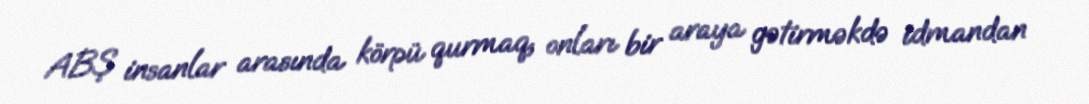
ABŞ insanlar arasında körpü qurmaq, onları bir araya gətirməkdə idmandan